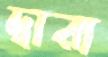
দ্বারা